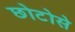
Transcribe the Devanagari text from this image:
छोटोसे